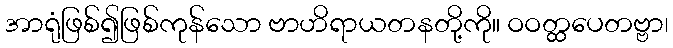
အာရုံဖြစ်၍ဖြစ်ကုန်သော ဗာဟိရာယတနတို့ကို။ ဝဝတ္ထပေတဗ္ဗာ၊